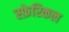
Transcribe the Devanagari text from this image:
स्फ़ेरिकल